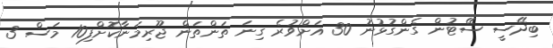
ބިދޭސީ ސޭޓުން ގެންގުޅުނު 30 އަށްވުރެ ގިނަ ތަންތަން ޖޫރިމަނާކޮށްފި10 މަސް 3